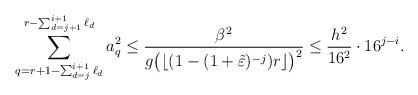
LaTeX: \begin{align*}\sum_{q=r+1-\sum_{d=j}^{i+1}\ell_{d}}^{r-\sum_{d=j+1}^{i+1}\ell_{d}}a_q^2\leq\frac{\beta^2}{g\big(\lfloor(1-(1+\tilde\varepsilon)^{-j})r\rfloor\big)^2}\leq \frac{h^2}{16^2}\cdot 16^{j-i}.\end{align*}